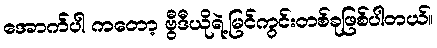
အောက်ပါ ကတော့ ဗွီဒီယိုရဲ့မြင်ကွင်းတစ်ခုဖြစ်ပါတယ်။